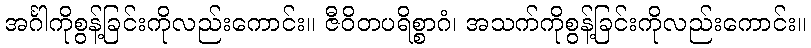
အင်္ဂါကိုစွန့်ခြင်းကိုလည်းကောင်း။ ဇီဝိတပရိစ္စာဂံ၊ အသက်ကိုစွန့်ခြင်းကိုလည်းကောင်း။